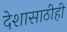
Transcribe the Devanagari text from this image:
देशासाठीही